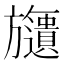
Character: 𣄧